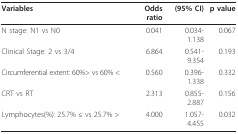
| Variables | Odds ratio | (95% CI) | p value |
 | --- | --- | --- | --- |
 | N stage: N1 vs N0 | 0.041 | 0.034-1.138 | 0.067 |
 | Clinical Stage: 2 vs 3/4 | 6.864 | 0.541-9.354 | 0.193 |
 | Circumferential extent: 60%> vs 60% < | 0.560 | 0.396-1.338 | 0.332 |
 | CRT vs RT | 2.313 | 0.855-2.887 | 0.156 |
 | Lymphocytes(%): 25.7% ≤ vs 25.7% > | 4.000 | 1.057-4.455 | 0.032 |